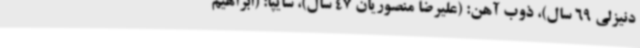
دنیزلی 69 سال)، ذوب‌ آهن: (علیرضا منصوریان 47 سال)، سایپا: (ابراهیم